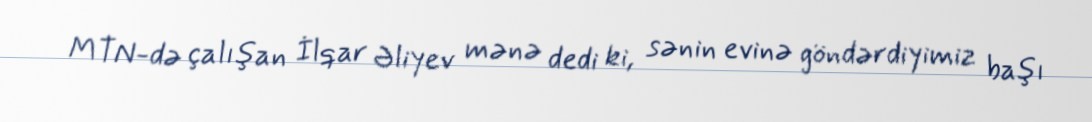
MTN-də çalışan İlqar Əliyev mənə dedi ki, sənin evinə göndərdiyimiz başı